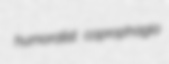
humoralist coprophagia